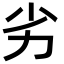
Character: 劣